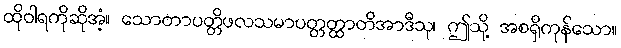
ထိုဝါရကိုဆိုအံ့။ သောတာပတ္တိဖလသမာပတ္တတ္ထာတိအာဒီသု၊ ဤသို့ အစရှိကုန်သော။